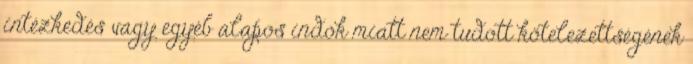
intézkedés vagy egyéb alapos indok miatt nem tudott kötelezettségének